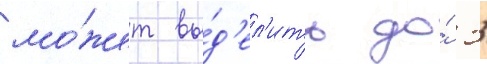
мо́жет вы́д'ел'ить до́ 3